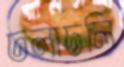
ঢলাঢলি